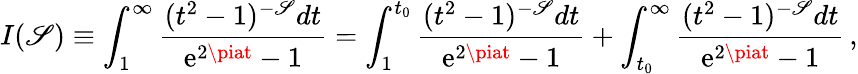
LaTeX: I(\mathscr{S})\equiv\int_{1}^{\infty}{\frac{{(t^{2}-1)^{-\mathscr{S}}dt}}{{\mathrm{{e}}^{2\piat}-1}}}=\int_{1}^{t_{0}}{\frac{{(t^{2}-1)^{-\mathscr{S}}dt}}{{\mathrm{{e}}^{2\piat}-1}}}+\int_{t_{0}}^{\infty}{\frac{{(t^{2}-1)^{-\mathscr{S}}dt}}{{\mathrm{{e}}^{2\piat}-1}}}\, ,